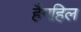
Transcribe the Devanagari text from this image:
हैगहिल